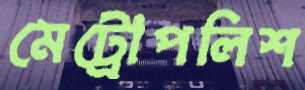
মেট্রোপলিশ